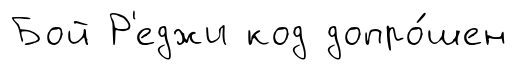
Бой Р'еджи код допро́шен